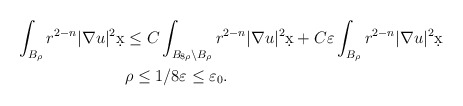
\begin{align*}\int_{B_{\rho}} r^{2-n} |\nabla u|^2 \d x &\leq C \int_{B_{8\rho} \setminus B_{\rho}} r^{2-n} |\nabla u|^2 \d x + C \varepsilon \int_{B_{\rho}} r^{2-n}|\nabla u|^2 \d x\\& \rho \leq 1/8 \varepsilon \leq \varepsilon_0.\end{align*}